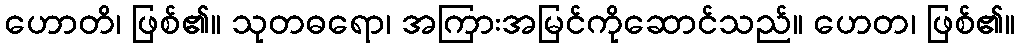
ဟောတိ၊ ဖြစ်၏။ သုတဓရော၊ အကြားအမြင်ကိုဆောင်သည်။ ဟေတ၊ ဖြစ်၏။